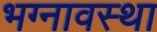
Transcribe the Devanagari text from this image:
भग्‍नावस्‍था